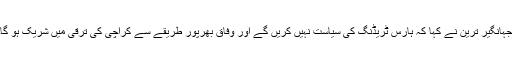
جہانگیر ترین نے کہا کہ ہارس ٹریڈنگ کی سیاست نہیں کریں گے اور وفاق بھرپور طریقے سے کراچی کی ترقی میں شریک ہو گا۔